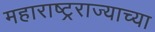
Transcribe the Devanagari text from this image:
महाराष्ट्रराज्याच्या